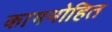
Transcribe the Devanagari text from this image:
काममोहित